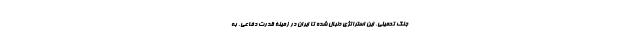
جنگ تحمیلی، این استراتژی دنبال شده تا ایران در زمینۀ قدرت دفاعی، به